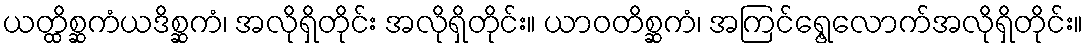
ယတ္ထိစ္ဆကံယဒိစ္ဆကံ၊ အလိုရှိတိုင်း အလိုရှိတိုင်း။ ယာဝတိစ္ဆကံ၊ အကြင်ရွေ့လောက်အလိုရှိတိုင်း။